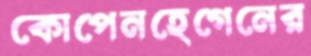
কোপেনহেগেনের